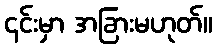
၎င်းမှာ အခြားမဟုတ်။